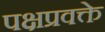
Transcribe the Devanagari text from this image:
पक्षप्रवक्ते